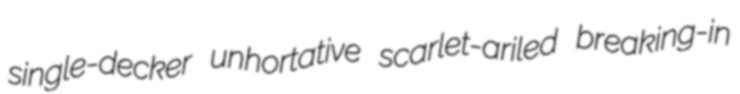
single-decker unhortative scarlet-ariled breaking-in